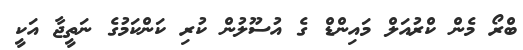
ބްރޯ މެން ކްރުއަލް މައިންޑް ގެ އުސޫލުން ކުރި ކަންކަމުގެ ނަތީޖާ އަކީ